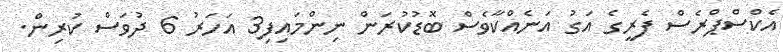
އެކްސްޕްރެސް ފެރީގެ އަގު އަނެއްކާވެސް ބޮޑުކުރަން ނިންމައިފި3 އަހަރު 6 ދުވަސް ކުރިން.